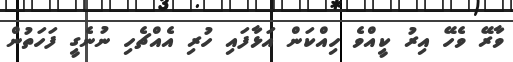
ވާރޭ ވެހޭ އިރު ކީއްވެ ހިއްކަން އަޅާފައި ހުރި އެއްޗެހި ނުނެގީ ފަހަތުން